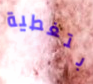
بتغطية